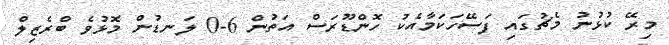
މިރޭ ކުޅުނު މެޗުގައި ފަސޭހަކަމާއެކު ހޮންޑޫރަސް އަތުން 6-0 ލަނޑުން މޮޅުވެ ބްރެޒިލް